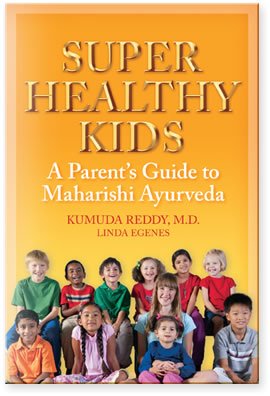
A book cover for Super Healthy Kids: A Parents Guide to Maharishi Ayurveda; Kumuda Reddy; Health, Fitness & Dieting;